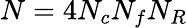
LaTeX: N=4N_{c}N_{f}N_{R}